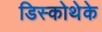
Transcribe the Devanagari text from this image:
डिस्कोथेके